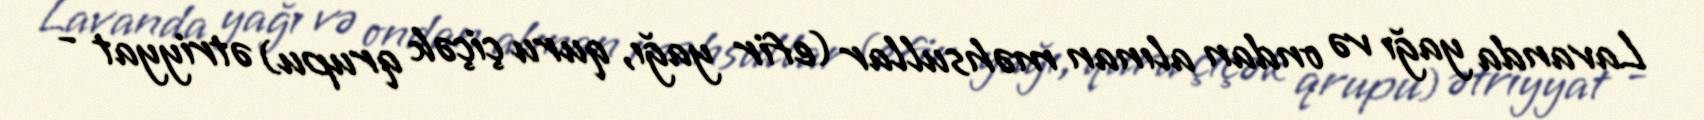
Lavanda yağı və ondan alınan məhsullar (efir yağı, quru çiçək qrupu) ətriyyat -